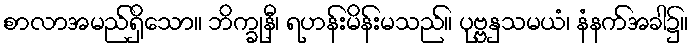
စာလာအမည်ရှိသော။ ဘိက္ခုနီ၊ ရဟန်းမိန်းမသည်။ ပုဗ္ဗနှသမယံ၊ နံနက်အခါ၌။